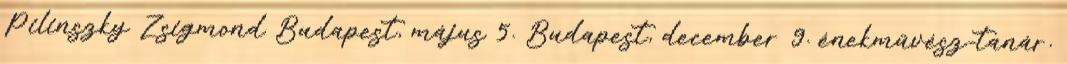
Pilinszky Zsigmond Budapest, május 5. Budapest, december 9. énekművész-tanár.